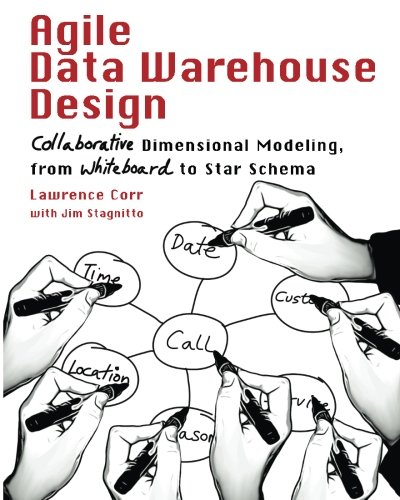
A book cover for Agile Data Warehouse Design: Collaborative Dimensional Modeling, from Whiteboard to Star Schema; Lawrence Corr; Computers & Technology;